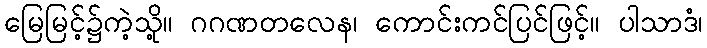
မြေမြင့်၌ကဲ့သို့။ ဂဂဏတလေန၊ ကောင်းကင်ပြင်ဖြင့်။ ပါသာဒံ၊